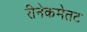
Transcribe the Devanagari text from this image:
रीनेकमेतट